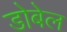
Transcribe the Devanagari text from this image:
डोबेल